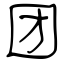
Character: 团